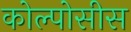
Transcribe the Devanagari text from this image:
कोल्पोसीस